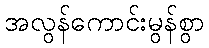
အလွန်ကောင်းမွန်စွာ